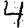
Digit: 4